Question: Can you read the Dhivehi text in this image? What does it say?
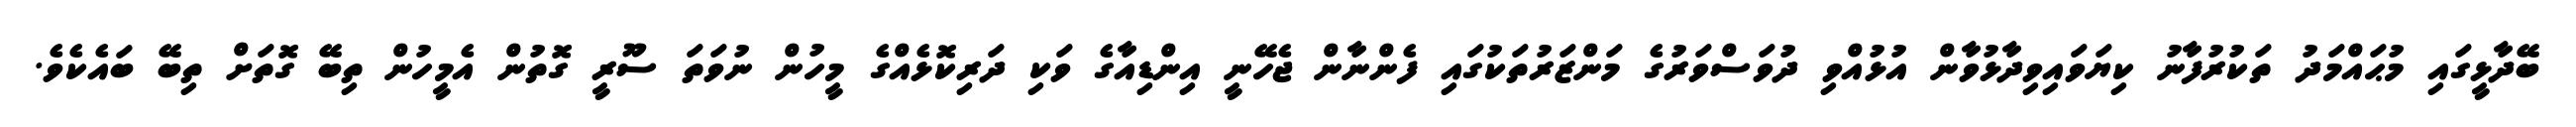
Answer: ބޭދާޅީގައި މުޙައްމަދު ތަކުރުފާނު ކިޔަވައިވިދާޅުވާން އުޅުއްވި ދުވަސްވަރުގެ މަންޒަރުތަކުގައި ފެންނާން ޖެހޭނީ އިންޑިއާގެ ވަކި ދަރިކޮޅެއްގެ މީހުން ނުވަތަ ސޫރީ ގޮތުން އެމީހުން ތިބޭ ގޮތަށް ތިބޭ ބައެކެވެ.